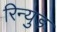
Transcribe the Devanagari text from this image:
रिन्युड़